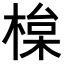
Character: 𣕘